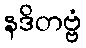
နဒိတဗ္ဗံ